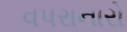
વપરાનારો